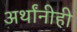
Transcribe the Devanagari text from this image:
अर्थांनीही